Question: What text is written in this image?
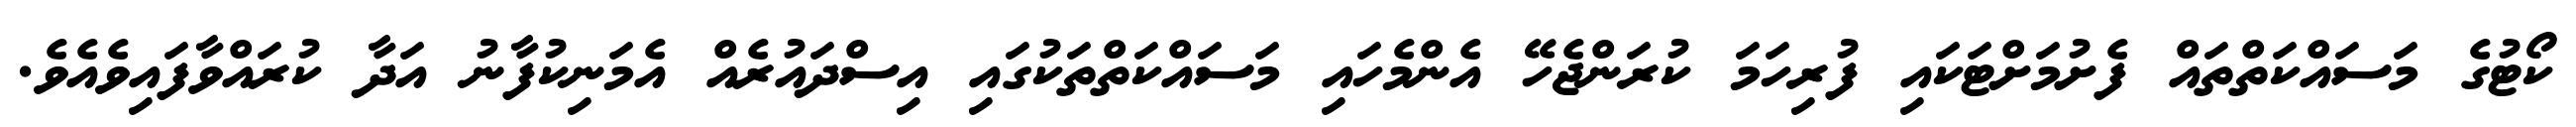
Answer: ކޯޓުގެ މަސައްކަތްތައް ފެށުމަށްޓަކައި ފުރިހަމަ ކުރަންޖެހޭ އެންމެހައި މަސައްކަތްތަކުގައި އިސްދައުރެއް އެމަނިކުފާނު އަދާ ކުރައްވާފައިވެއެވެ.